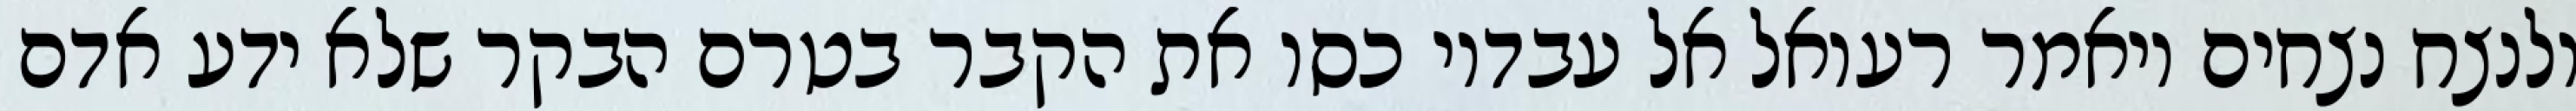
ולנצח נצחים ויאמר רעואל אל עבדיו כסו את הקבר בטרם הבקר שלא ידע אדם